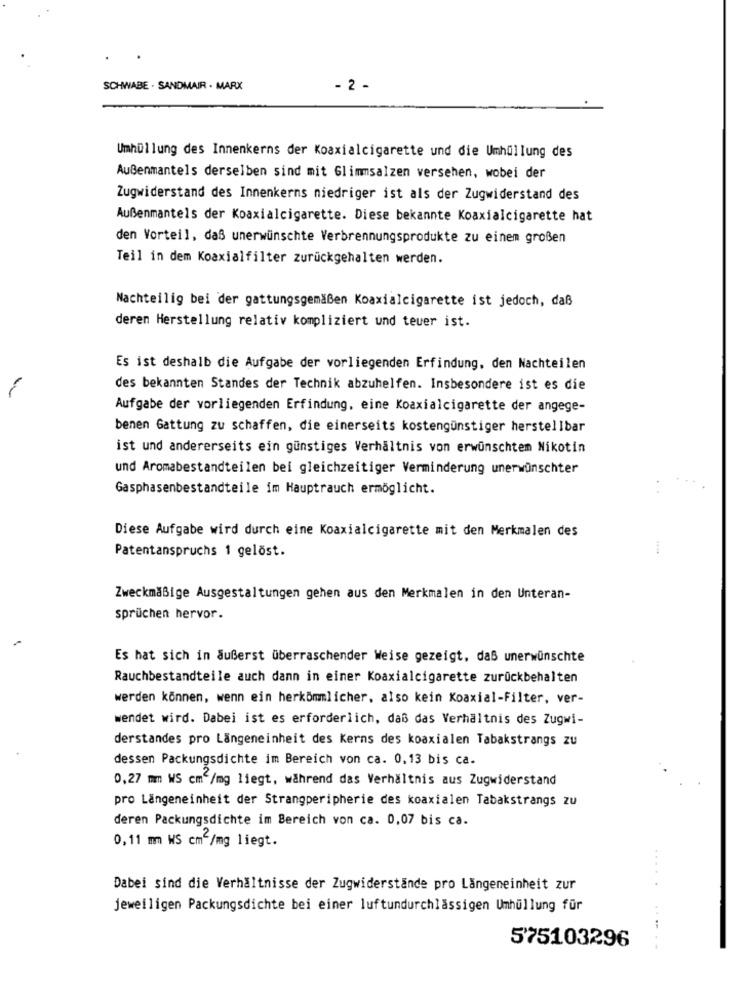
SCHWABE . SANDMAIR . MARX
- 2 -
Umhüllung des Innenkerns der Koaxialcigarette und die Umhüllung des
Außenmantels derselben sind mit Glimmsalzen versehen, wobei der
Zugwiderstand des Innenkerns niedriger ist als der Zugwiderstand des
Außenmantels der Koaxialcigarette. Diese bekannte Koaxialcigarette hat
den Vorteil, daß unerwünschte Verbrennungsprodukte zu einem großen
Teil in dem Koaxialfilter zurückgehalten werden.
Nachteilig bei der gattungsgemäßen Koaxialcigarette ist jedoch, daß
deren Herstellung relativ kompliziert und teuer ist.
Es ist deshalb die Aufgabe der vorliegenden Erfindung, den Nachteilen
des bekannten Standes der Technik abzuhelfen. Insbesondere ist es die
Aufgabe der vorliegenden Erfindung, eine Koaxialcigarette der angege-
benen Gattung zu schaffen, die einerseits kostengünstiger herstellbar
ist und andererseits ein günstiges Verhältnis von erwünschtem Nikotin
und Aromabestandteilen bei gleichzeitiger Verminderung unerwünschter
Gasphasenbestandteile im Hauptrauch ermöglicht.
Diese Aufgabe wird durch eine Koaxialcigarette mit den Merkmalen des
Patentanspruchs 1 gelöst.
....
Zweckmäßige Ausgestaltungen gehen aus den Merkmalen in den Unteran-
sprüchen hervor.
Es hat sich in äußerst überraschender Weise gezeigt, daß unerwünschte
Rauchbestandteile auch dann in einer Koaxialcigarette zurückbehalten
werden können, wenn ein herkömmlicher, also kein Koaxial-Filter, ver-
wendet wird. Dabei ist es erforderlich, daß das Verhältnis des Zugwi-
derstandes pro Längeneinheit des Kerns des koaxialen Tabakstrangs zu
dessen Packungsdichte im Bereich von ca. 0,13 bis ca.
0,27 mm WS cm /mg liegt, während das Verhältnis aus Zugwiderstand
pro Längeneinheit der Strangperipherie des koaxialen Tabakstrangs zu
deren Packungsdichte im Bereich von ca. 0,07 bis ca.
0,11 mm WS cm2/mg liegt.
Dabei sind die Verhältnisse der Zugwiderstände pro Längeneinheit zur
jeweiligen Packungsdichte bei einer luftundurchlässigen Umhüllung für
575103296